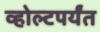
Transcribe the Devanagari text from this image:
व्होल्टपर्यंत